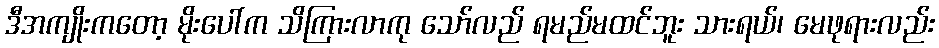
ဒီအကျိုးကတော့ မိုးပေါ်က သိကြားလာကု သော်လည် ရမည်မထင်ဘူး သားရယ်၊ မေဖုရားလည်း